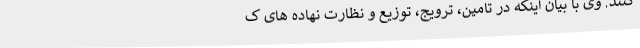
کنند. وی با بیان اینکه در تامین، ترویج، توزیع و نظارت نهاده های ک